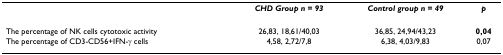
<table><thead><tr><td></td><td><b><i>CHD Group n = 93</i></b></td><td><b><i>Control group n = 49</i></b></td><td><b><i>p</i></b></td></tr></thead><tbody><tr><td>The percentage of NK cells cytotoxic activity</td><td>26,83, 18,61/40,03</td><td>36,85, 24,94/43,23</td><td><b>0,04</b></td></tr><tr><td>The percentage of CD3-CD56+IFN-γ cells</td><td>4,58, 2,72/7,8</td><td>6,38, 4,03/9,83</td><td>0,07</td></tr></tbody></table>